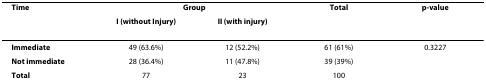
<table><thead><tr><td><b>Time</b></td><td colspan="2"><b>Group</b></td><td><b>Total</b></td><td><b>p-value</b></td></tr><tr><td></td><td><b>I (without Injury)</b></td><td><b>II (with injury)</b></td><td></td><td></td></tr></thead><tbody><tr><td><b>Immediate</b></td><td>49 (63.6%)</td><td>12 (52.2%)</td><td>61 (61%)</td><td>0.3227</td></tr><tr><td><b>Not immediate</b></td><td>28 (36.4%)</td><td>11 (47.8%)</td><td>39 (39%)</td><td></td></tr><tr><td><b>Total</b></td><td>77</td><td>23</td><td>100</td><td></td></tr></tbody></table>